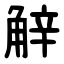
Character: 觪